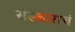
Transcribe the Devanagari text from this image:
संस्काराचं